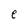
Character: e